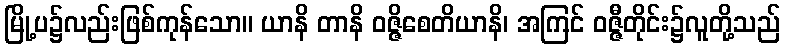
မြို့ပ၌လည်းဖြစ်ကုန်သော။ ယာနိ တာနိ ဝဇ္ဇိစေတိယာနိ၊ အကြင် ဝဇ္ဇီတိုင်း၌လူတို့သည်